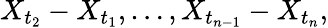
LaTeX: X_{t_{2}}-X_{t_{1}},\dots,X_{t_{n-1}}-X_{t_{n}},